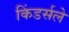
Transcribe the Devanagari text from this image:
किंडर्सले